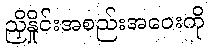
ညှိနှိုင်းအစည်းအဝေးကို